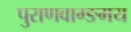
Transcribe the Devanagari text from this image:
पुराणवाग्ङमय